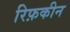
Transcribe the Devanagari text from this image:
रिफ़कीन